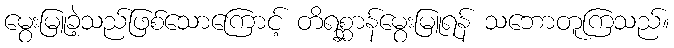
မွေးမြူခဲ့သည်ဖြစ်သောကြောင့် တိရစ္ဆာန်မွေးမြူရန် သဘောတူကြသည်။